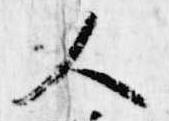
人